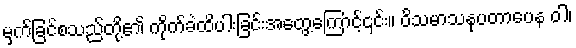
မှက်ခြင်စသည်တို့၏ ကိုက်ခဲထိပါးခြင်းအတွေ့ကြောင့်၎င်း။ ဝိသမာသနုပတာပေန ဝါ၊